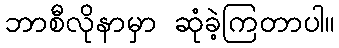
ဘာစီလိုနာမှာ ဆုံခဲ့ကြတာပါ။